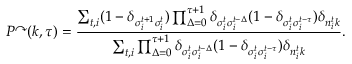
P ^ { \curvearrowright } ( k , \tau ) = \frac { \sum _ { t , i } ( 1 - \delta _ { \sigma _ { i } ^ { t + 1 } \sigma _ { i } ^ { t } } ) \prod _ { \Delta = 0 } ^ { \tau + 1 } \delta _ { \sigma _ { i } ^ { t } \sigma _ { i } ^ { t - \Delta } } ( 1 - \delta _ { \sigma _ { i } ^ { t } \sigma _ { i } ^ { t - \tau } } ) \delta _ { n _ { i } ^ { t } k } } { \sum _ { t , i } \prod _ { \Delta = 0 } ^ { \tau + 1 } \delta _ { \sigma _ { i } ^ { t } \sigma _ { i } ^ { t - \Delta } } ( 1 - \delta _ { \sigma _ { i } ^ { t } \sigma _ { i } ^ { t - \tau } } ) \delta _ { n _ { i } ^ { t } k } } .